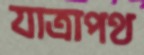
যাত্রাপথ